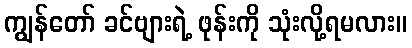
ကျွန်တော် ခင်ဗျားရဲ့ ဖုန်းကို သုံးလို့ရမလား။